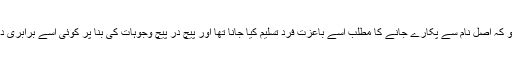
اس کی وجہ شاید یہ ہو کہ اصل نام سے پکارے جانے کا مطلب اسے باعزت فرد تسلیم کیا جانا تھا اور پیچ در پیچ وجوہات کی بنا پر کوئی اسے برابری دینے پر آمادہ نہیں تھا۔